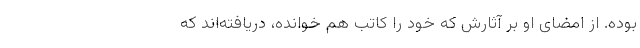
بوده. از امضای او بر آثارش که خود را کاتب هم خوانده، دریافته‌اند که